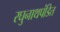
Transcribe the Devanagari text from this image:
रघुनाथपंडित